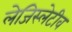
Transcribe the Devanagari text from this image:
लेजिस्लेटीव